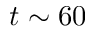
t \sim 6 0